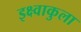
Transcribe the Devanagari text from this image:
इक्ष्वाकुला